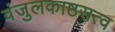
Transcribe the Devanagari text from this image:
वंजुलकाष्ठसत्व